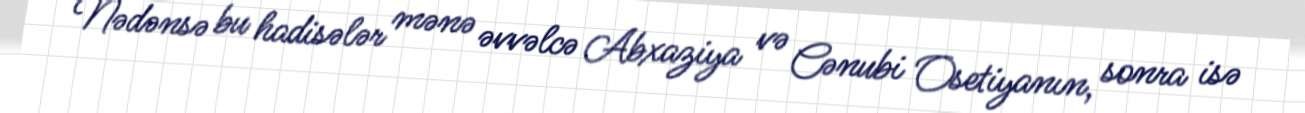
Nədənsə bu hadisələr mənə əvvəlcə Abxaziya və Cənubi Osetiyanın, sonra isə